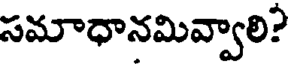
సమాధానమివ్వాలి?